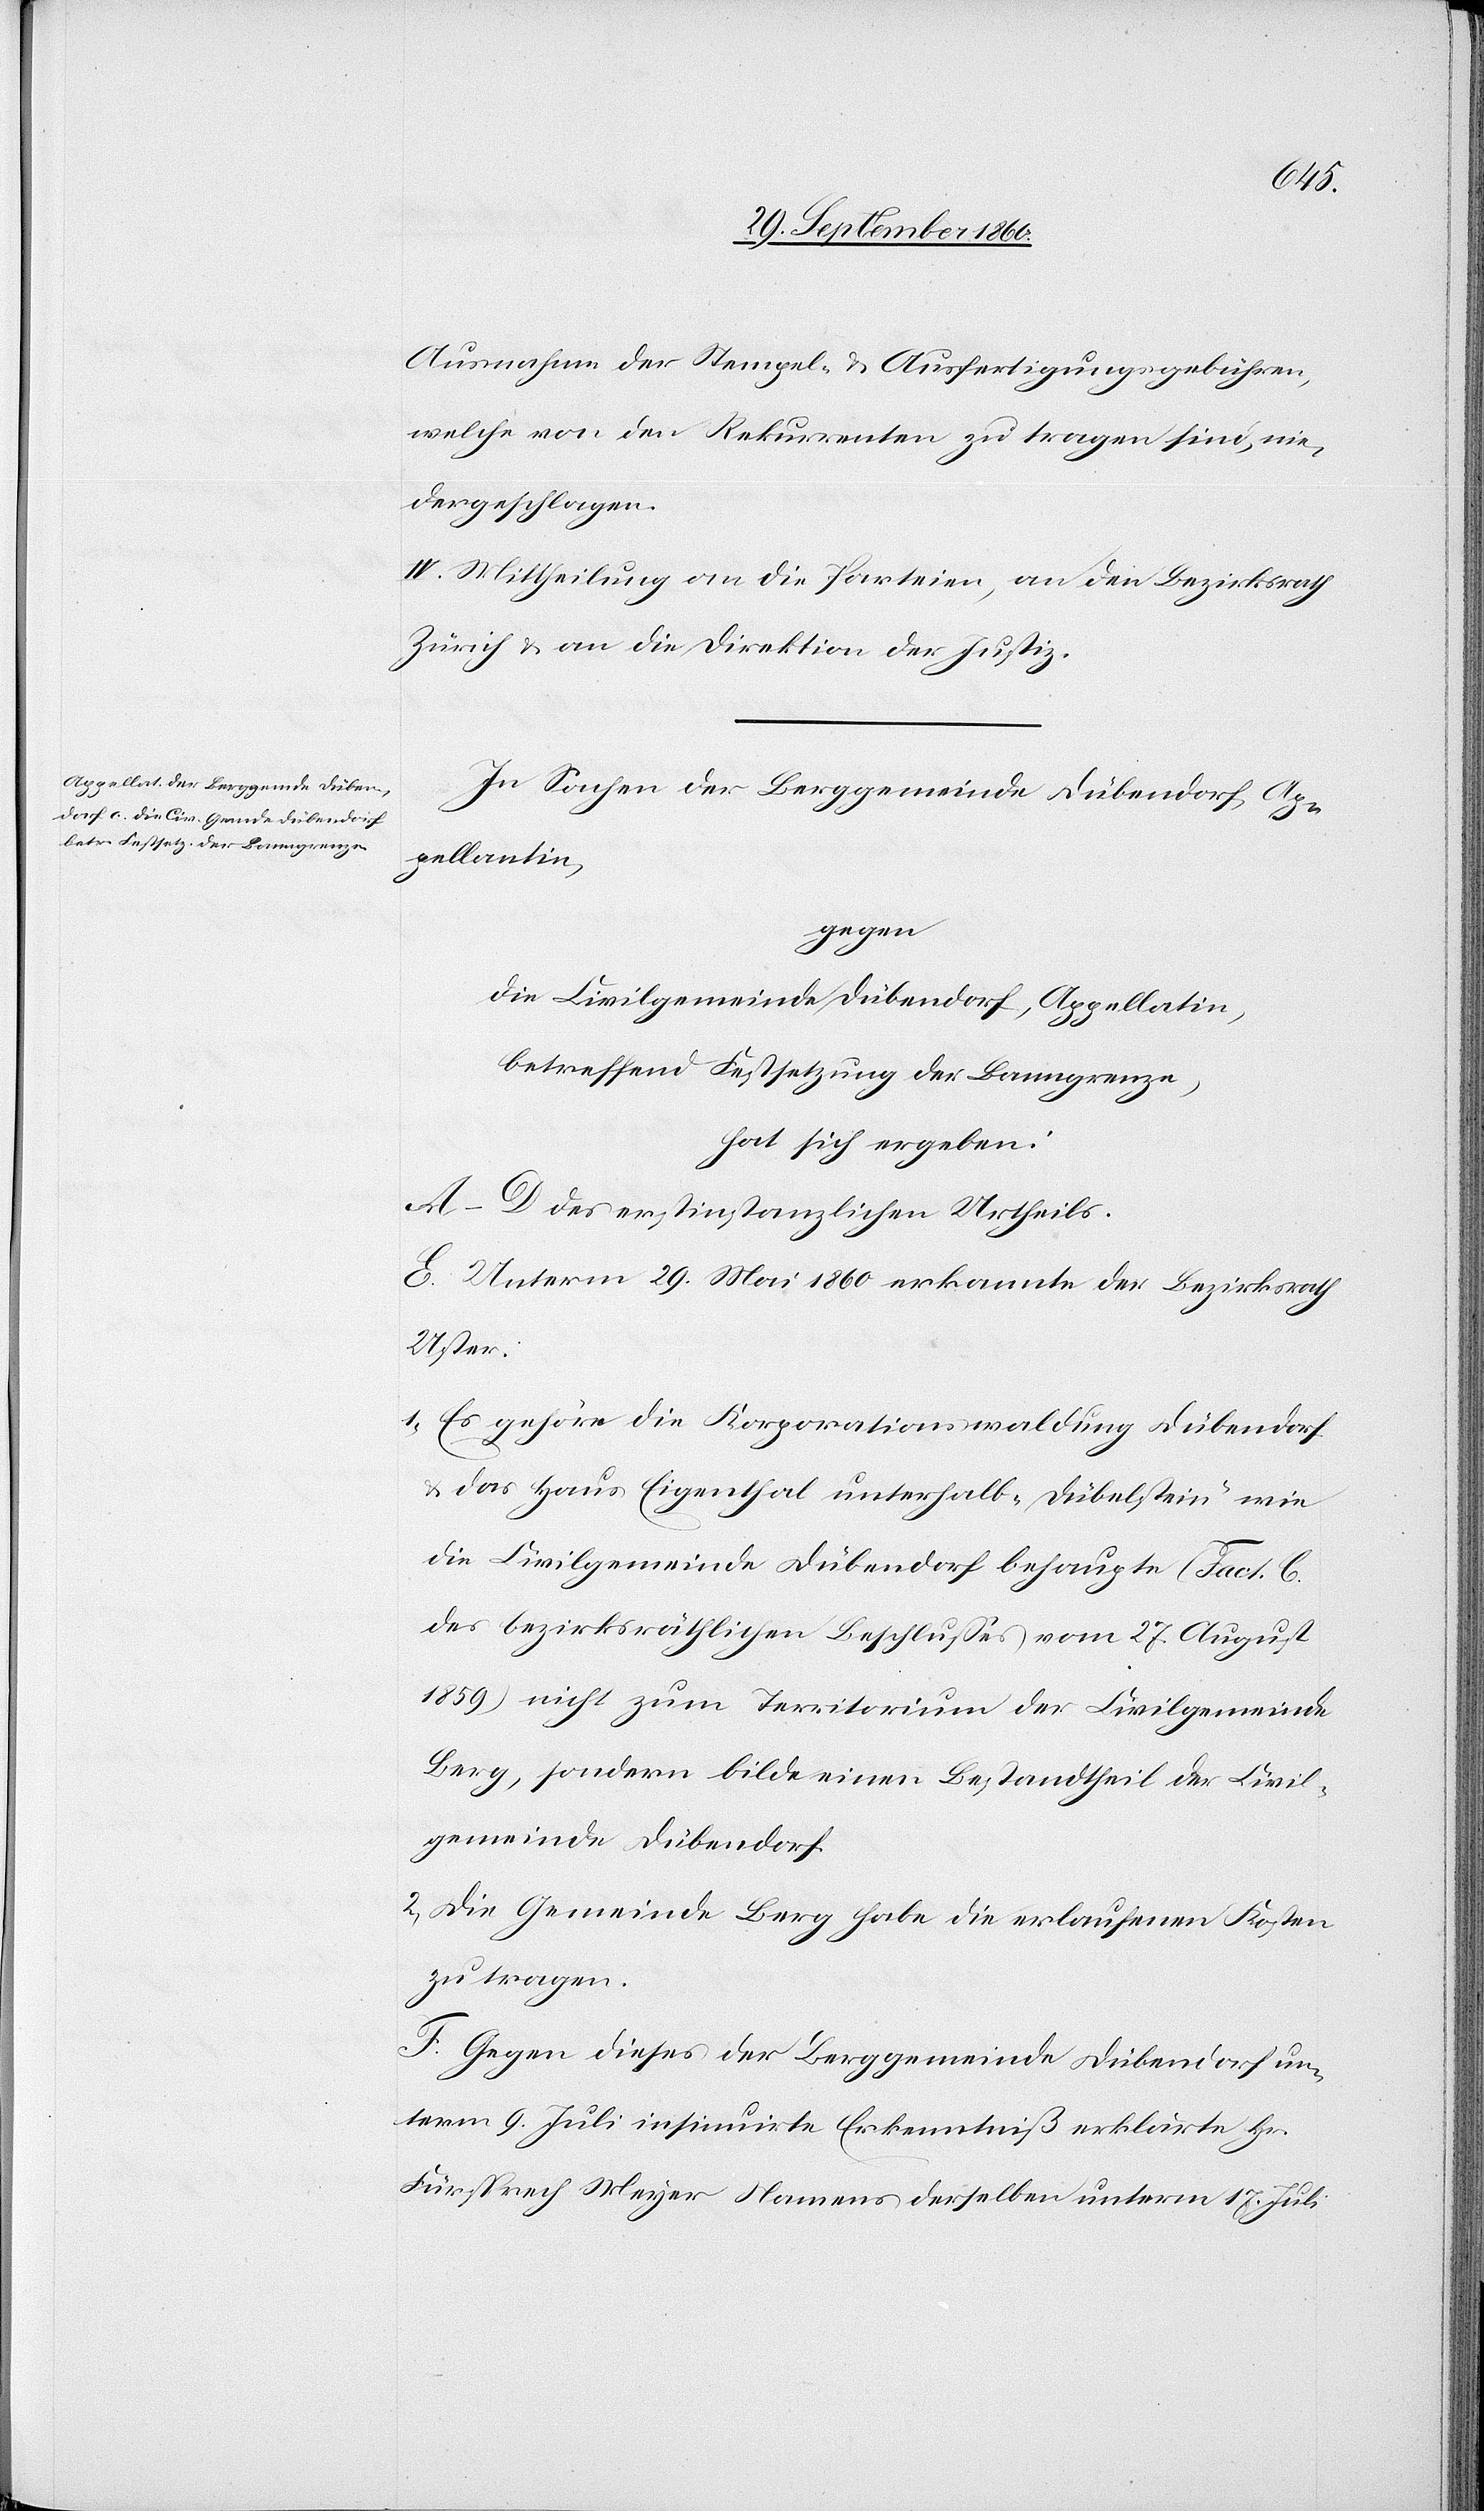
Ausnahme der Stempel- u. Ausfertigungsgebühren,
welche von den Rekurrenten zu tragen sind, nie¬
dergeschlagen.
IV. Mittheilung an die Parteien, an den Bezirksrath
Zürich u. an die Direktion der Justiz.
In Sachen der Berggemeinde Dübendorf,
Ap¬
pellantin,
gegen
die Civilgemeinde Dübendorf, Appellatin,
betreffend Festsetzung der Banngrenze,
hat sich ergeben:
A–D des erstinstanzlichen Urtheils.
E. Unterm 29. Mai 1860 erkannte der Bezirksrath
Uster:
1. Es gehöre die Korporationswaldung Dübendorf
u. das Haus Eigenthal unterhalb „Dübelstein“ wie
die Civilgemeinde Dübendorf behaupte (Fact. C
des bezirksräthlichen Beschlusses vom 27. August
1859) nicht zum Territorium der Civilgemeinde
Berg, sondern bilde einen Bestandtheil der Civil¬
gemeinde Dübendorf.
2. Die Gemeinde Berg habe die erlaufenen Kosten
zu tragen.
F. Gegen dieses der Berggemeinde Dübendorf un¬
term 9. Juli insinuirte Erkenntniß erklärte Hr.
Fürsprech Meyer Namens derselben unterm 17. Juli